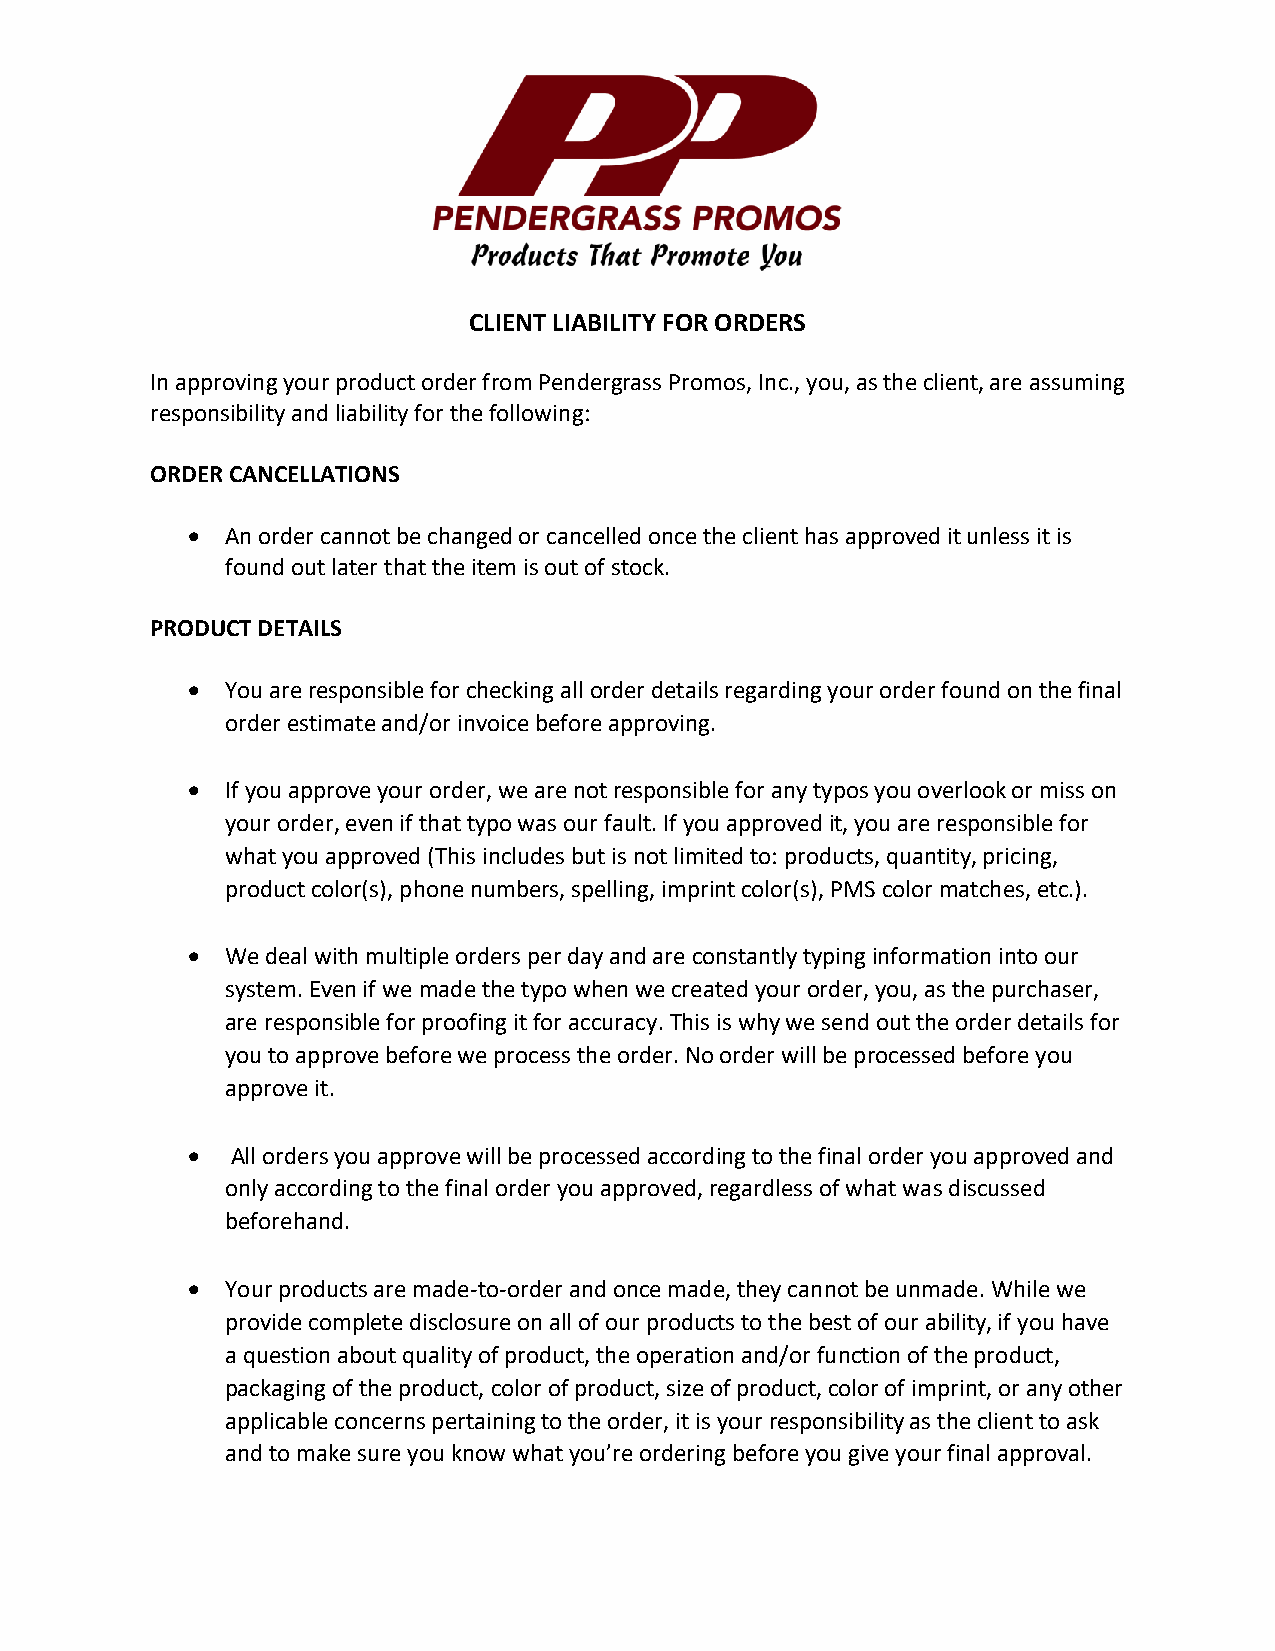
CLIENT LIABILITY FOR ORDERS
 In approving your product order from Pendergrass Promos, Inc., you, as the client, are assuming
 responsibility and liability for the following:
 ORDER CANCELLATIONS
 •  An order cannot be changed or cancelled once the client has approved it unless it is
 found out later that the item is out of stock.
 PRODUCT DETAILS
 •  You are responsible for checking all order details regarding your order found on the final
 order estimate and/or invoice before approving.
 •  If you approve your order, we are not responsible for any typos you overlook or miss on
 your order, even if that typo was our fault. If you approved it, you are responsible for
 what you approved (This includes but is not limited to: products, quantity, pricing,
 product color(s), phone numbers, spelling, imprint color(s), PMS color matches, etc.).
 •  We deal with multiple orders per day and are constantly typing information into our
 system. Even if we made the typo when we created your order, you, as the purchaser,
 are responsible for proofing it for accuracy. This is why we send out the order details for
 you to approve before we process the order. No order will be processed before you
 approve it.
 •  All orders you approve will be processed according to the final order you approved and
 only according to the final order you approved, regardless of what was discussed
 beforehand.
 •  Your products are made-to-order and once made, they cannot be unmade. While we
 provide complete disclosure on all of our products to the best of our ability, if you have
 a question about quality of product, the operation and/or function of the product,
 packaging of the product, color of product, size of product, color of imprint, or any other
 applicable concerns pertaining to the order, it is your responsibility as the client to ask
 and to make sure you know what you’re ordering before you give your final approval.